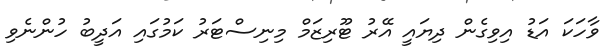
ވާހަކަ އަޑު އިވިގެން ދިޔައީ އޭރު ޓޫރިޒަމް މިނިސްޓަރު ކަމުގައި އަދީބު ހުންނެވި